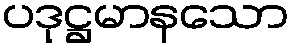
ပဒုဋ္ဌမာနသော